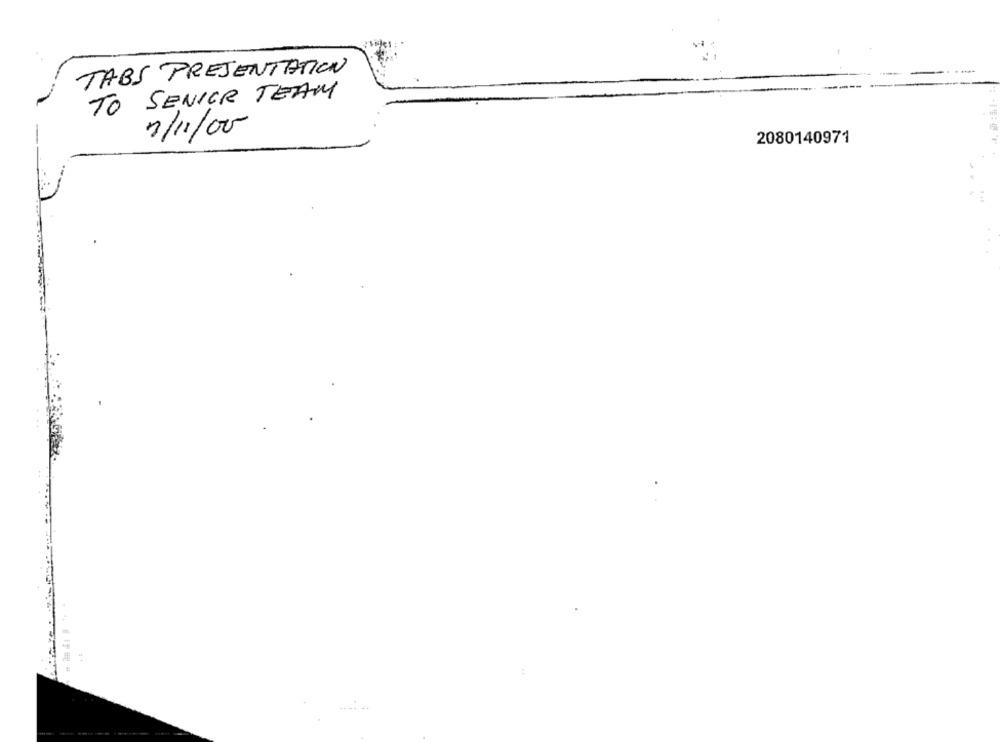
TABS PRESENTATION
TO SENIOR TEAM
7/11/00
2080140971